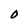
Character: 0